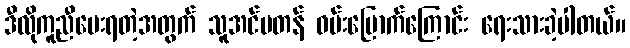
ဒီလိုကူညီပေးရတဲ့အတွက် သူအင်မတန် ဝမ်းမြောက်ကြောင်း ရေးသားခဲ့ပါတယ်။